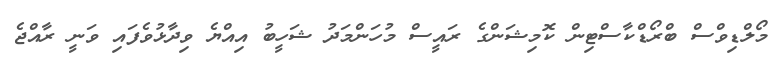
މޯލްޑިވްސް ބްރޯޑްކާސްޓިން ކޮމިޝަންގެ ރައީސް މުހަންމަދު ޝަހީބު އިއްޔެ ވިދާޅުވެފައި ވަނީ ރާއްޖެ